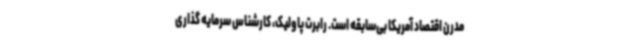
مدرن اقتصاد آمریکا بی‌سابقه است. رابرت پاولیک، کارشناس سرمایه گذاری